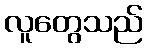
လူတွေသည်